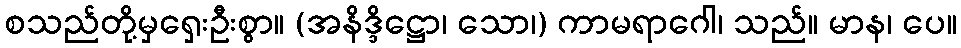
စသည်တို့မှရှေးဦးစွာ။ (အနိဒ္ဒိဋ္ဌော၊ သော၊) ကာမရာဂေါ၊ သည်။ မာန၊ ပေ။